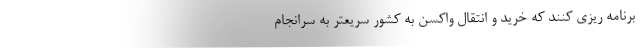
برنامه ریزی کنند که خرید و انتقال واکسن به کشور سریعتر به سرانجام